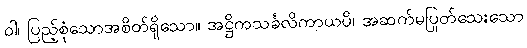
ဝါ၊ ပြည့်စုံသောအစိတ်ရှိသော။ အဋ္ဌိကသင်္ခလိကာယပိ၊ အဆက်မပြုတ်သေးသော